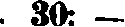
. 30: —